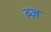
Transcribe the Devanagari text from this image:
ब्ज़